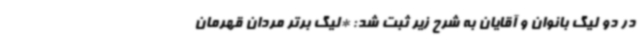
در دو لیگ بانوان و آقایان به شرح زیر ثبت شد: *لیگ برتر مردان قهرمان